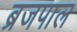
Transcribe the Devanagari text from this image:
ब्रजपाल